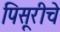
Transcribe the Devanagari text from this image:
पिसूरीचे